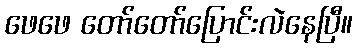
ဖေဖေ တော်တော်ပြောင်းလဲနေပြီ။